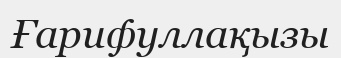
Ғарифуллақызы